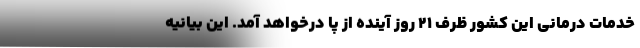
خدمات درمانی این کشور ظرف ۲۱ روز آینده از پا درخواهد آمد. این بیانیه